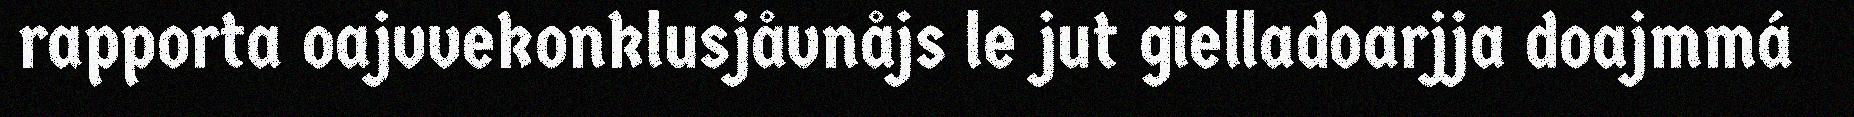
rapporta oajvvekonklusjåvnåjs le jut gielladoarjja doajmmá